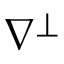
\nabla ^ { \perp }